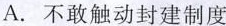
A.不敢触动封建制度